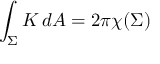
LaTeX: \int _ { \Sigma } K \, d A = 2 \pi \chi ( \Sigma )